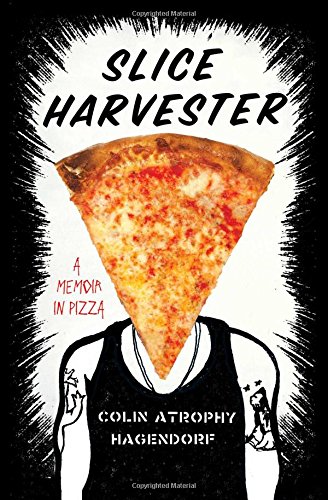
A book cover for Slice Harvester: A Memoir in Pizza; Colin Atrophy Hagendorf; Cookbooks, Food & Wine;